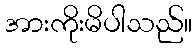
အားကိုးမိပါသည်။